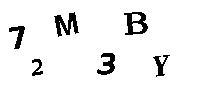
72M3BY